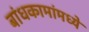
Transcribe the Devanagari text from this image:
बांधकामांमध्ये